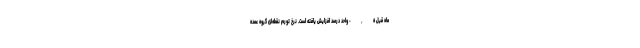
ماه قبل ٠,٥ واحد درصد افزایش یافته است. نرخ تورم نقطه‌ای گروه عمده